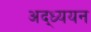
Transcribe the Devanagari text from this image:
अद्ध्ययन